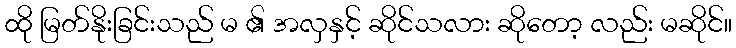
ထို မြတ်နိုးခြင်းသည် မ ၏ အလှနှင့် ဆိုင်သလား ဆိုတော့ လည်း မဆိုင်။